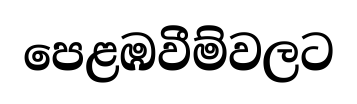
පෙළඹවීම්වලට